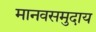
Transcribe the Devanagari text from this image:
मानवसमुदाय